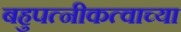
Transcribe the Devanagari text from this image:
बहुपत्नीकत्वाच्या